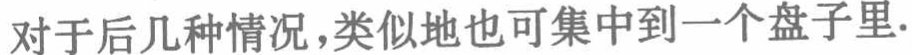
对于后几种情况，类似地也可集中到一个盘子里.